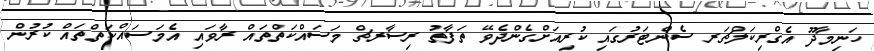
ހަނިމާދޫ އެގްރިކަލްޗަރ ސެންޓަރުގައި ކުރިއަށްގެންދެވޭ ތަފާތު ރިސާރޗް މަސައްކަތްތައް ރާވައި އެމަސައްކަތްތައް ކުރުން